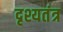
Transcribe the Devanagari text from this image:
दृश्यतंत्र